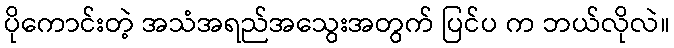
ပိုကောင်းတဲ့ အသံအရည်အသွေးအတွက် ပြင်ပ က ဘယ်လိုလဲ။